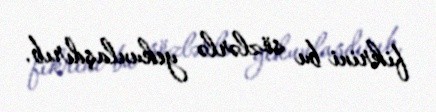
fikrini bu sözlərlə yekunlaşdırıb.